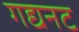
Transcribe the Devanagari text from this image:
गद्यनट